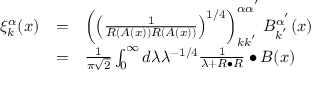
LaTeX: \begin{array} { c c l } { { \xi _ { k } ^ { \alpha } ( x ) } } & { { = } } & { { \left( \left( \frac 1 { R \left( A ( x ) \right) R \left( A ( x ) \right) } \right) ^ { 1 / 4 } \right) _ { k k ^ { ^ { \prime } } } ^ { \alpha \alpha ^ { ^ { \prime } } } B _ { k ^ { ^ { \prime } } } ^ { \alpha ^ { ^ { \prime } } } ( x ) } } \\ { { } } & { { = } } & { { \frac 1 { \pi \sqrt { 2 } } \int _ { 0 } ^ { \infty } d \lambda \lambda ^ { - 1 / 4 } \frac 1 { \lambda + R \bullet R } \bullet B ( x ) } } \end{array}